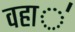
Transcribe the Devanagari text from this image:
वहा॑